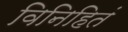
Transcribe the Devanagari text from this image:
विनिहितं